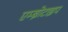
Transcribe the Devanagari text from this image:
एम्ब्रोटाइप